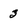
Character: 3